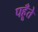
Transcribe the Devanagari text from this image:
पहूँते